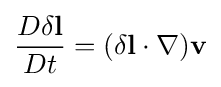
{\frac {D\delta \mathbf {l} }{Dt}}=(\delta \mathbf {l} \cdot \nabla )\mathbf {v}